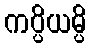
ကပ္ပိယမ္ပိ